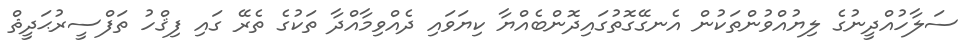
ސަލާހުއްދީނުގެ ލިޔުއްވުންތަކުން އެނގޭގޮތުގައިދޮންބެއްޔާ ކިޔަވައި ދެއްވިމާއްދާ ތަކުގެ ތެރޭ ގައި ފިޤްހު ތަފްސީރުޙަދީޘް